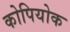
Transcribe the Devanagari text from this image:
कोपियोक